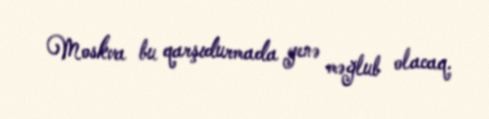
Moskva bu qarşıdurmada yenə məğlub olacaq.